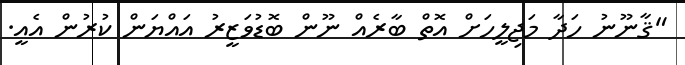
"ޤާނޫނު ހަދާ މަޖިލީހަށް އޮތް ބާރެއް ނޫން ބޮޑުވަޒީރު އައްޔަން ކުރުން އެއީ.